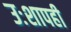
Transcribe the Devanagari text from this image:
उःशापही